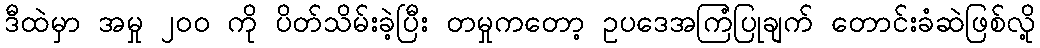
ဒီထဲမှာ အမှု ၂၀၀ ကို ပိတ်သိမ်းခဲ့ပြီး တမှုကတော့ ဥပဒေအကြံပြုချက် တောင်းခံဆဲဖြစ်လို့